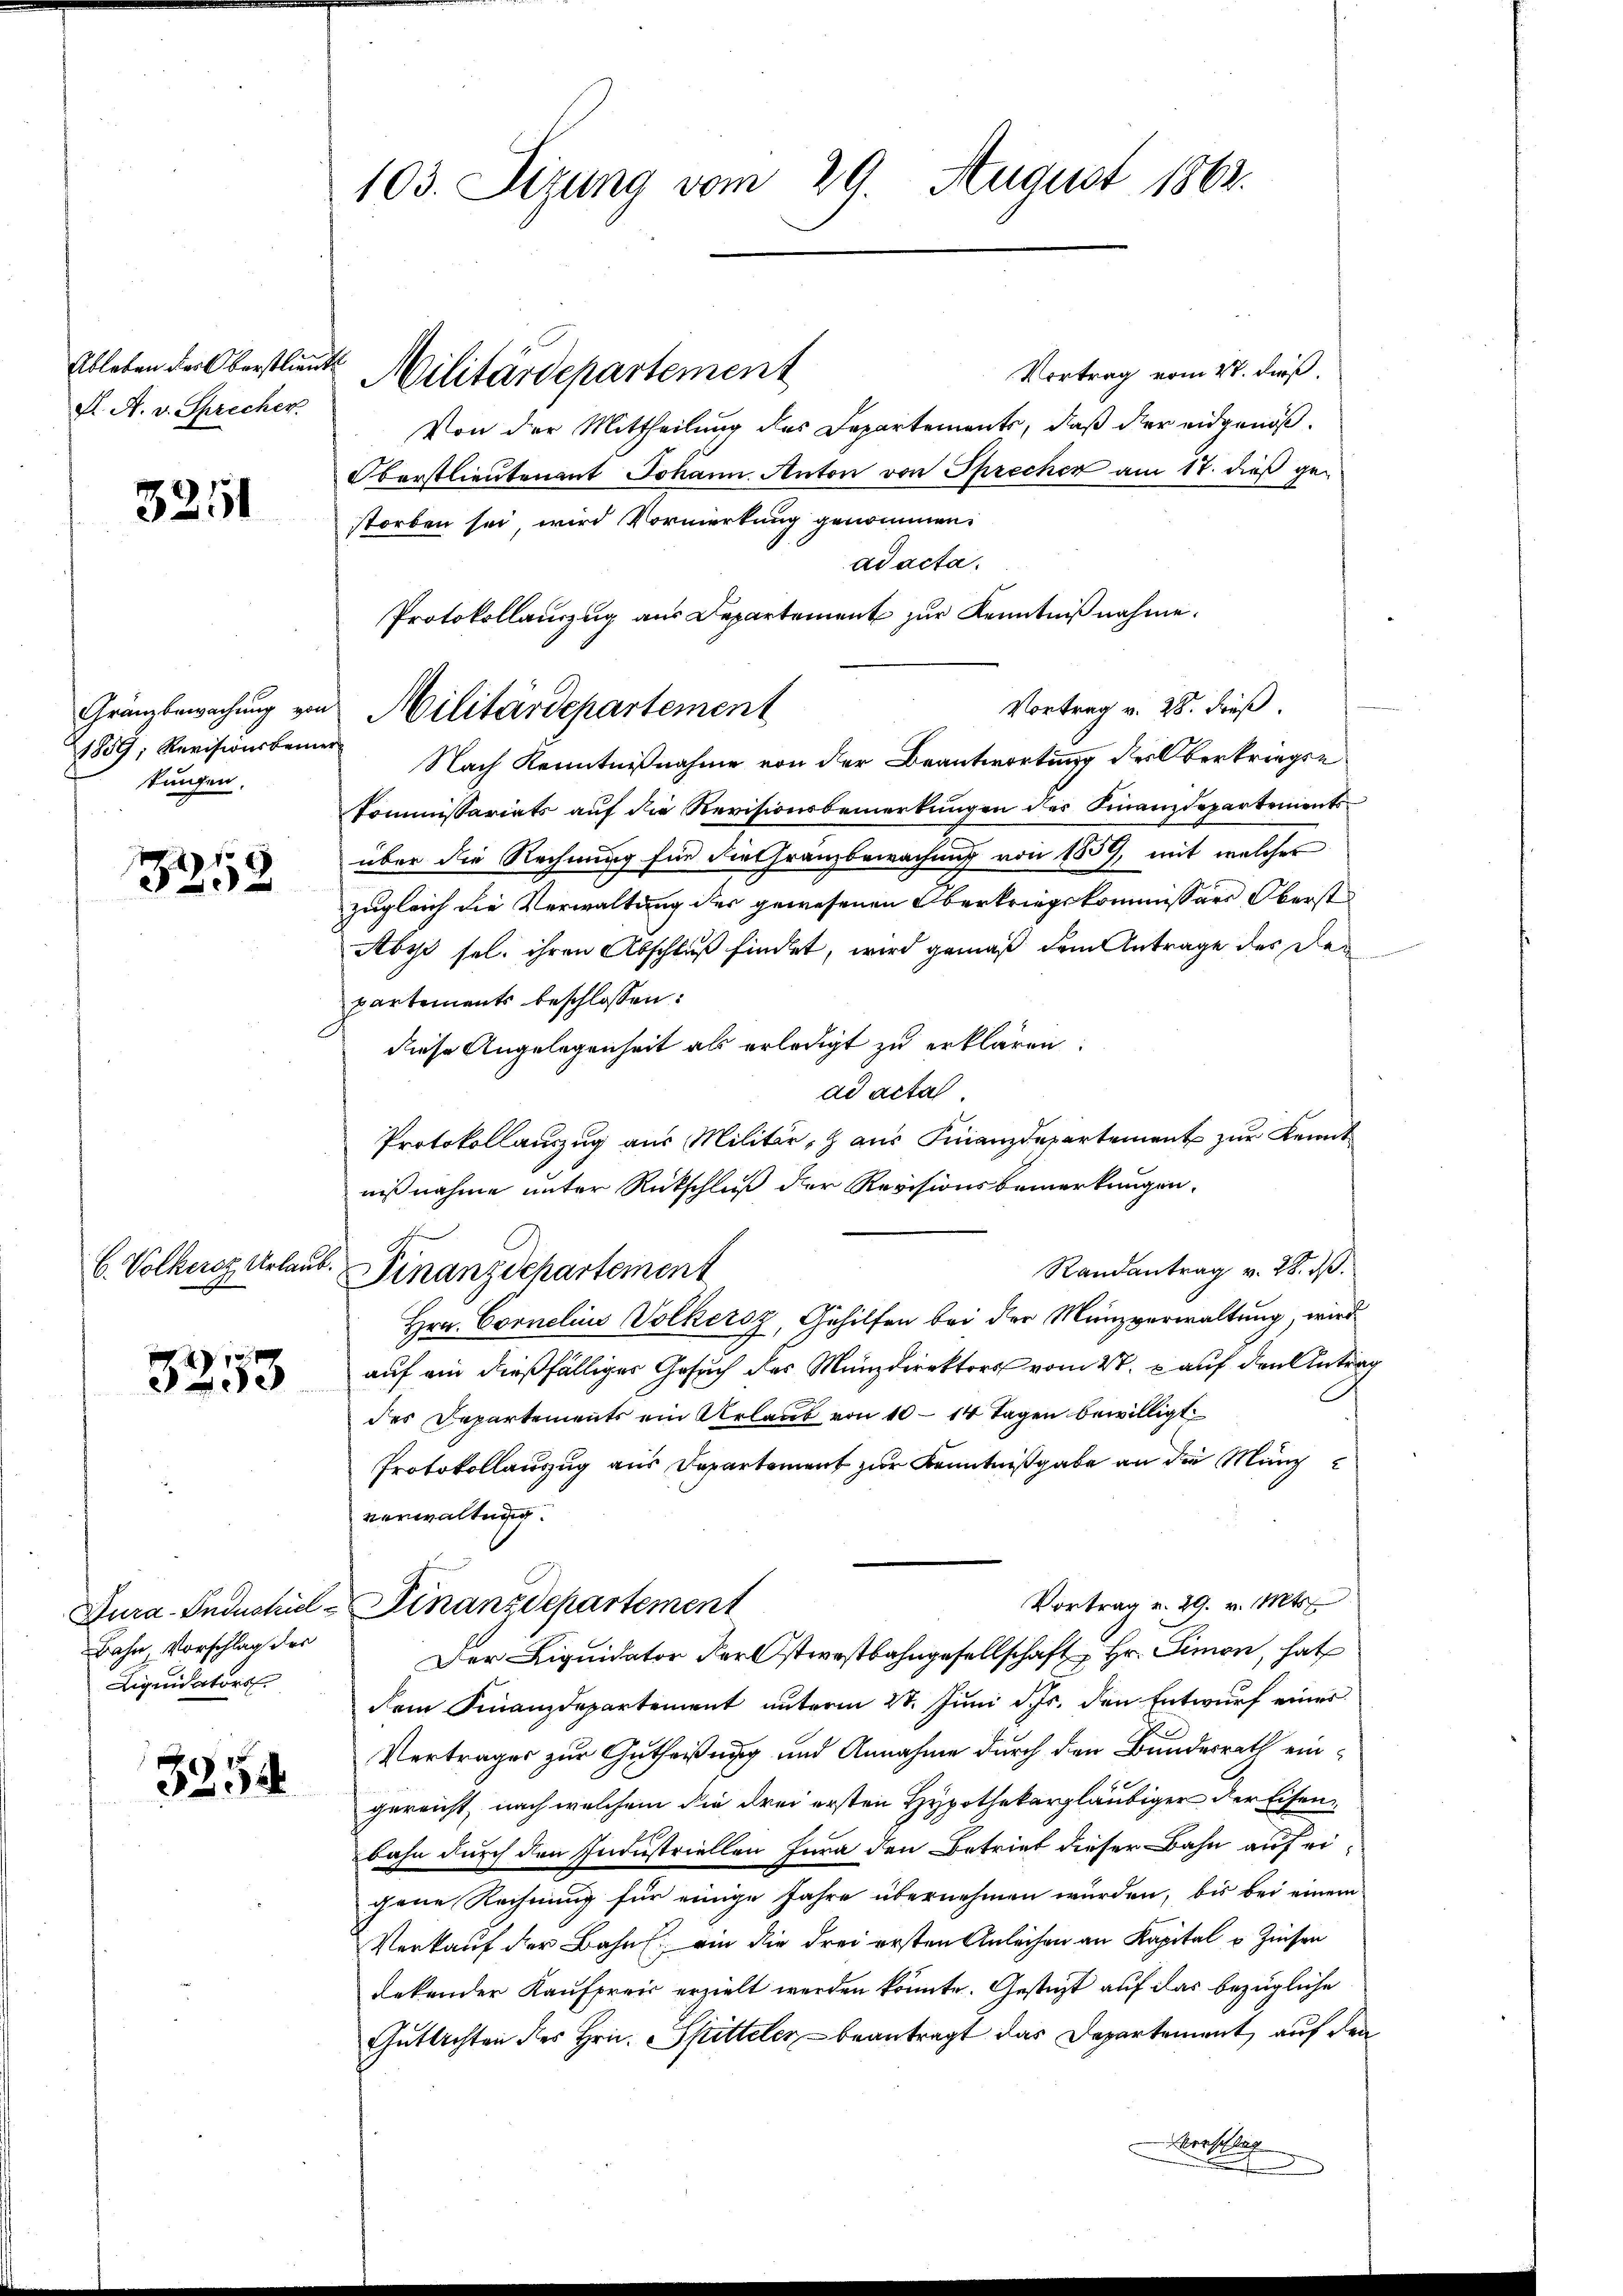
A. A. v. Sprecher

3251

1859; Revisionsbemer
tungen.

3258

C. Völkerst Urlaub.

a
3253

Bahn Vorschlag des
Liquidators

3254

103. Sizung vom 29. August 1862.

Vortrag vom 27. dieß.
Von der Mittheilung des Departements, daß der eidgenöß¬
Oberstlieutenant Johann. Anton von Sprecher am 17. dieß gestorben sei, wird Vormerkung genommen.
ad acta.
Nach Kenntnißnahme von der Beantwortung des Oberkriegse
Kommissariats auf die Revisionsbemerkŭngen der Finanzdepartements
über die Rechnung für die Granzbewachung von 1859, mit welcher
zugleich die Verwaltung der gewesenen Oberkriegskommissor Oberst
Aby sel. ihren Abschluß findet, wird gemäß dem Antrage des Departements beschlossen:
diese Angelegenheit als erledigt zu erklären.
ad acta.
Protokollauszug aus Militär, Haus Finanzdepartement zur Kennt
nißnahme unter Rückschluß der Revisionsbemerkungen,
Randantrag v. 28. d.
Finanzdepartement
Hrn. Cornelius Volkersz, Gehilfen bei der Münzverwaltung, wird
auf ein dießfälliges Gesuch des Münzdirektors vom 27. p auf den Antrag
des Departements ein Urlaub von 10 - 14 Tagen bewilligt
Protokollauszug aus Departement zur Kenntnißgabe an die Mäng
verwaltung.
Vortrag v. 29. v. Mts.
Fura-Industrie-Finanzdepartement
Der Liquidator der Osterestbahngesellschaft Hr. Simon, hat
dem Finanzdepartement unterm 21. Juni d. Js. den Entwurf einer
Vertrages zur Gutheißung und Annahme durch den Bundesrath eingereicht, nach welchem die drei ersten Hypothekargläubiger der Eisenbahn durch den Industriellen Jura den Betriet dieser Bahn auf eigene Rechnung für einige Jahre übernehmen würden, bis bei einem
Verkauf der Bahn ein die drei ersten Anleihen an Kapital u. Zinsen
Lekender Kaufpreis erzielt werden könnte. Gesteht auf das bezügliche
Guttachten des Hrn. Spitteler, - beantragt das Departement, auf den
erschlich

Ableben der Oberstlieut. Militärdepartement

Protokollauszug aus Departement zur Kenntnißnahme.
Gränzbewachung von Militärdepartement

Vortrag v. 28. Fuß.